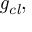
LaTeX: { \mathit { g _ { c l } } } ,